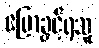
ပြောခွင့်ရသူ